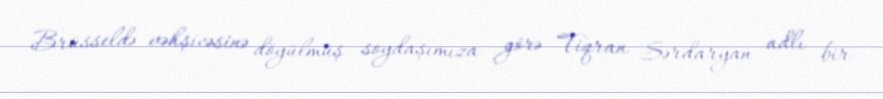
Brüsseldə vəhşicəsinə döyülmüş soydaşımıza görə Tiqran Sərdaryan adlı bir